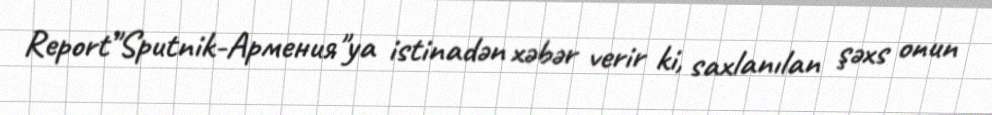
Report"Sputnik-Армения"ya istinadən xəbər verir ki, saxlanılan şəxs onun